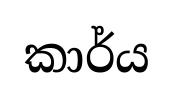
කාර්ය